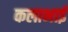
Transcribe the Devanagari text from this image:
कलाभाई